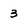
Character: 3